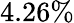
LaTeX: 4.26\%